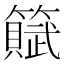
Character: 𫂩